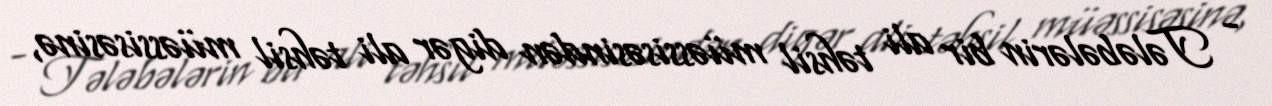
- Tələbələrin bir ali təhsil müəssisəsindən digər ali təhsil müəssisəsinə,